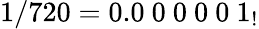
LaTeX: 1/720=0.0\ 0\ 0\ 0\ 0\ 1_{!}